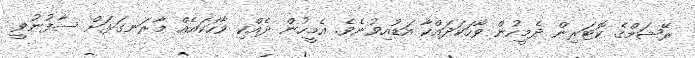
ރޭޝަމްގެ ކޮޓަރިން ދެމީހުން ވާހަކަދައްކާ އަޑުއިވުނެވެ. އެމީހުން ދެއްކި ވާހަކައެއް މާރަނގަޅަށް ސާފުނުވީ